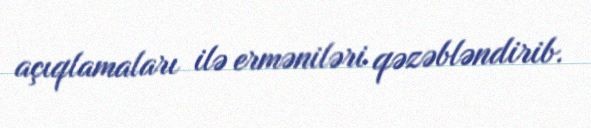
açıqlamaları ilə erməniləri qəzəbləndirib.